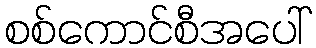
စစ်ကောင်စီအပေါ်